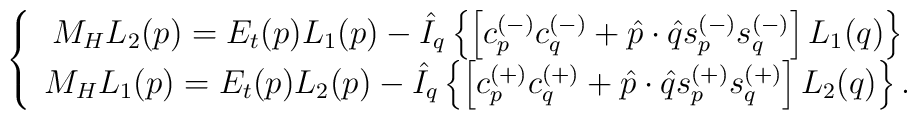
\left\{\begin{array}{c} M_{H}L_2(p) = E_t(p)L_1(p)-\hat{I}_q\left\{\left[c^{(-)}_pc_q^{(-)} +\hat{p}\cdot\hat{q}s_p^{(-)}s_q^{(-)}\right]L_1(q)\right\} \\ M_{H}L_1(p) = E_t(p)L_2(p)-\hat{I}_q\left\{\left[c^{(+)}_pc_q^{(+)}  +\hat{p}\cdot\hat{q}s_p^{(+)}s_q^{(+)}\right]L_2(q)\right\}. \end{array}\right.